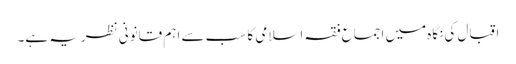
اقبال کی نگاہ میں اجماع فقہ اسلامی کا سب سے اہم قانونی نظریہ ہے۔